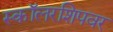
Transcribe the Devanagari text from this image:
स्कॉलरशिपवर